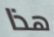
هذا